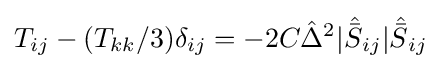
T_{ij}-(T_{kk}/3)\delta _{ij}=-2C{\hat {\Delta }}^{2}|{\hat {\bar {S}}}_{ij}|{\hat {\bar {S}}}_{ij}